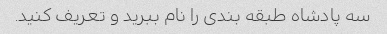
سه پادشاه طبقه بندی را نام ببرید و تعریف کنید.